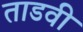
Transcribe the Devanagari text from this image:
ताडवी